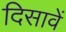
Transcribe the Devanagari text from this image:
दिसावें